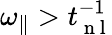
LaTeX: {\omega_{\parallel}}>t_{\mathrm{~n~l~}}^{-1}